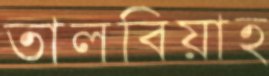
তালবিয়াহ